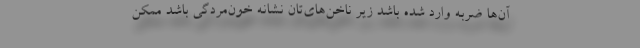
آن‌ها ضربه وارد شده باشد زیر ناخن‌های‌تان نشانه خون‌مردگی باشد ممکن